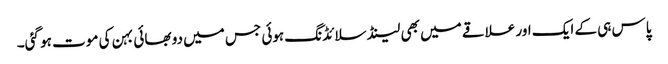
پاس ہی کے ایک اور علاقے میں بھی لینڈ سلائڈنگ ہوئی جس میں دو بھائی بہن کی موت ہو گئی۔